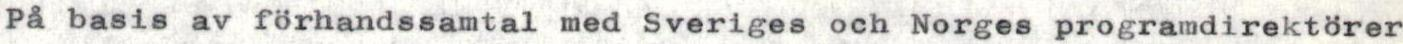
På basis av förhandssamtal med Sveriges och Norges programdirektörer